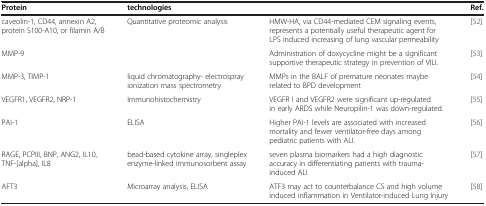
<table><thead><tr><td><b>Protein</b></td><td><b>technologies</b></td><td><b> </b></td><td><b>Ref.</b></td></tr></thead><tbody><tr><td>caveolin-1, CD44, annexin A2, protein S100-A10, or filamin A/B</td><td>Quantitative proteomic analysis</td><td>HMW-HA, via CD44-mediated CEM signaling events, represents a potentially useful therapeutic agent for LPS induced increasing of lung vascular permeability</td><td>[52]</td></tr><tr><td>MMP-9</td><td> </td><td>Administration of doxycycline might be a significant supportive therapeutic strategy in prevention of VILI.</td><td>[53]</td></tr><tr><td>MMP-3, TIMP-1</td><td>liquid chromatography- electrospray ionization mass spectrometry</td><td>MMPs in the BALF of premature neonates maybe related to BPD development</td><td>[54]</td></tr><tr><td>VEGFR1, VEGFR2, NRP-1</td><td>Immunohistochemistry</td><td>VEGFR I and VEGFR2 were significant up-regulated in early ARDS while Neuropilin-1 was down-regulated.</td><td>[55]</td></tr><tr><td>PAI-1</td><td>ELISA</td><td>Higher PAI-1 levels are associated with increased mortality and fewer ventilator-free days among pediatric patients with ALI.</td><td>[56]</td></tr><tr><td>RAGE, PCPIII, BNP, ANG2, IL10, TNF-[alpha], IL8</td><td>bead-based cytokine array, singleplex enzyme-linked immunosorbent assay</td><td>seven plasma biomarkers had a high diagnostic accuracy in differentiating patients with trauma-induced ALI</td><td>[57]</td></tr><tr><td>AFT3</td><td>Microarray analysis, ELISA</td><td>ATF3 may act to counterbalance CS and high volume induced inflammation in Ventilator-induced Lung Injury</td><td>[58]</td></tr></tbody></table>